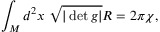
\int _ { M } d ^ { 2 } x \ \sqrt { | \operatorname * { d e t } g | } R = 2 \pi \chi ,